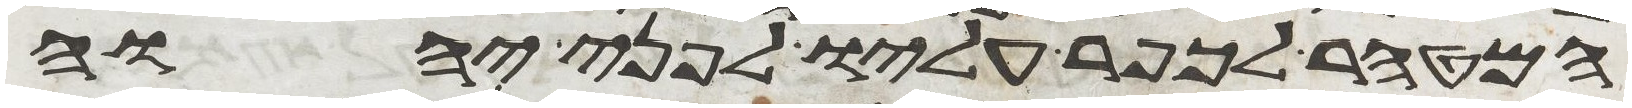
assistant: המטהר לכפר עליו לפני יהוה